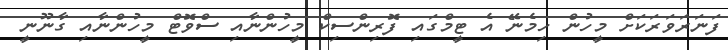
ފަނަރަވަރަކަށް މީހުން ހިމެނޭ އެ ޓީމްގައި ފޮރިންސިކް މީހުންނާއި ސްވޮޓް މީހުންނާއި ގާނޫނީ